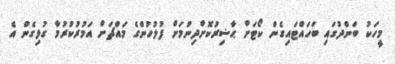
މީހަކު ބަންދުގައި ބަހައްޓައިގެން ކޯޓަށް ޙާޟިރުކޮށްދިނުމަށް ފުލުހުންގެ މައްޗަށް އަމުރުކުރުމާ ގުޅިގެން އެ